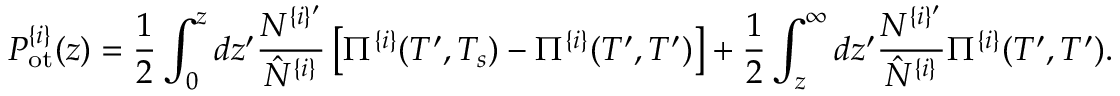
P _ { \mathrm { o t } } ^ { \{ i \} } ( z ) = \frac { 1 } { 2 } \int _ { 0 } ^ { z } d z ^ { \prime } \frac { N ^ { \{ i \} ^ { \prime } } } { \hat { N } ^ { \{ i \} } } \left[ \Pi ^ { \{ i \} } ( T ^ { \prime } , T _ { s } ) - \Pi ^ { \{ i \} } ( T ^ { \prime } , T ^ { \prime } ) \right] + \frac { 1 } { 2 } \int _ { z } ^ { \infty } d z ^ { \prime } \frac { N ^ { \{ i \} ^ { \prime } } } { \hat { N } ^ { \{ i \} } } \Pi ^ { \{ i \} } ( T ^ { \prime } , T ^ { \prime } ) .